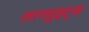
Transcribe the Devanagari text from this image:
लाव्सुइट्स